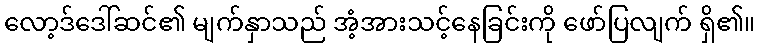
လော့ဒ်ဒေါ်ဆင်၏ မျက်နှာသည် အံ့အားသင့်နေခြင်းကို ဖော်ပြလျက် ရှိ၏။